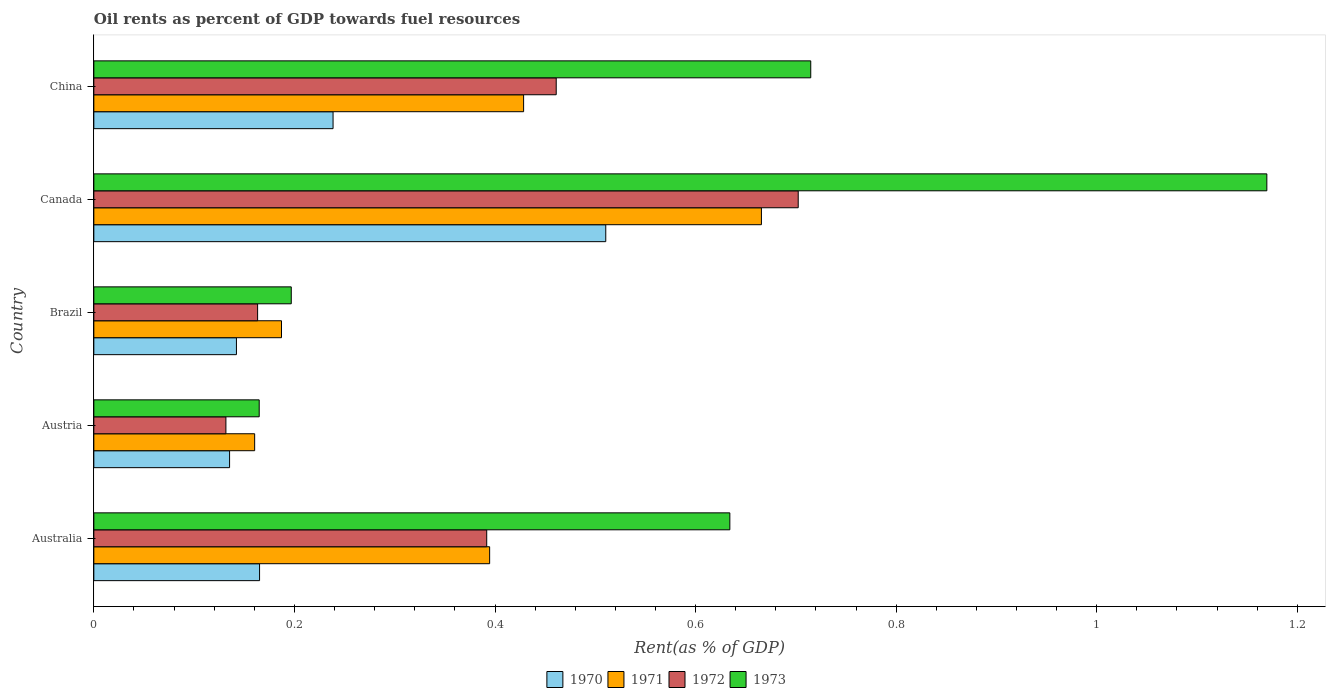
| Country | 1970 | 1971 | 1972 | 1973 |
 | --- | --- | --- | --- | --- |
 | Australia | 0.165 | 0.395 | 0.392 | 0.634 |
 | Austria | 0.135 | 0.16 | 0.132 | 0.165 |
 | Brazil | 0.142 | 0.187 | 0.163 | 0.197 |
 | Canada | 0.51 | 0.666 | 0.702 | 1.17 |
 | China | 0.239 | 0.429 | 0.461 | 0.715 |